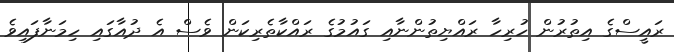
ރައީސްގެ އިތުރުން ހުރިހާ ރައްޔިތުންނާއި ގައުމުގެ ރައްކާތެރިކަން ވެސް އެ ދުއާގައި ހިމަނާފައިވެ